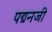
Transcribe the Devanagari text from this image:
पद्मनजी